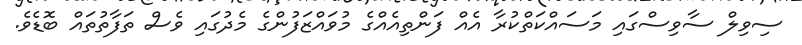
ސިވިލް ސާވިސްގައި މަސައްކަތްކުރާ އެއް ފަންތިއެއްގެ މުވައްޒަފުންގެ މެދުގައި ވެސް ތަފާތުތައް ބޮޑެވެ.